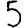
Digit: 5